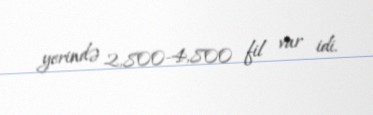
yerində 2,800-4,800 fil var idi.